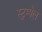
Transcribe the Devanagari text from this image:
स्ट्रम्पेल